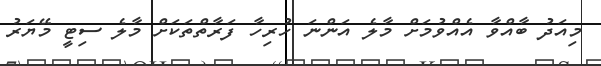
މިއަދު ބާއްވާ އެއްވުމަށް މާލެ އަންނަ ހުރިހާ ފަރާތްތަކަށް މާލެ ސިޓީ މޭޔަރު